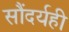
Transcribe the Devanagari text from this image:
सौंदर्यही